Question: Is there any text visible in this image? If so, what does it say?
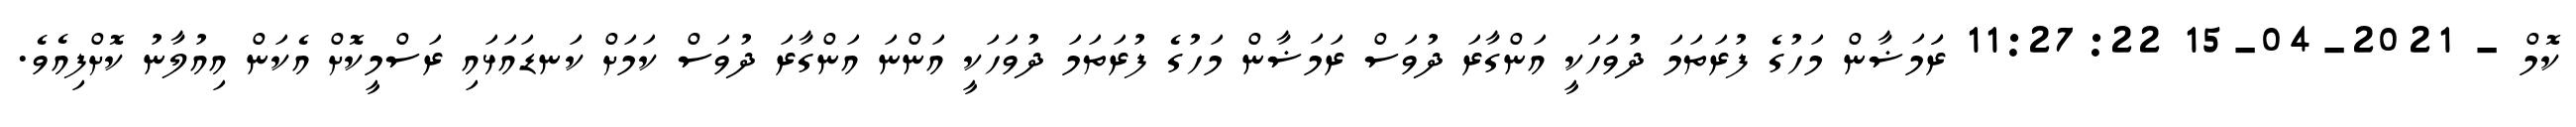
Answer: ކޮމް - 2021-04-15 11:27:22 ރަަމަޟާން މަހުގެ ފުރަތަމަ ދުވަހަކީ އަންގާރަ ދުވަސް ރަމަޟާން މަހުގެ ފުރަތަމަ ދުވަހަކީ އަންނަ އަންގާރަ ދުވަސް ކަމަށް ކަނޑައަޅައި ރަސްމީކޮށް އެކަން އިއުލާނު ކޮށްފިއެވެ.